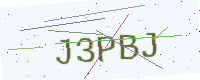
Text: J3PBJ